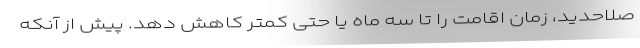
صلاحدید، زمان اقامت را تا سه ماه یا حتی کمتر کاهش دهد. پیش از آنکه